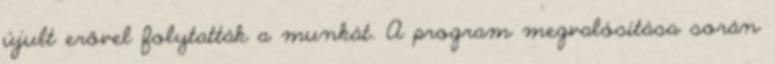
újult erővel folytatták a munkát. A program megvalósítása során